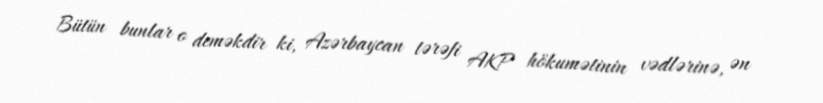
Bütün bunlar o deməkdir ki, Azərbaycan tərəfi AKP hökumətinin vədlərinə, ən